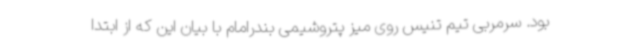
بود. سرمربی تیم تنیس روی میز پتروشیمی بندرامام با بیان این که از ابتدا